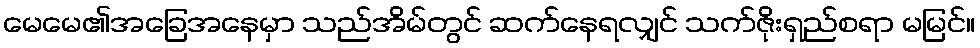
မေမေ၏အခြေအနေမှာ သည်အိမ်တွင် ဆက်နေရလျှင် သက်ဇိုးရှည်စရာ မမြင်။